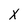
Character: X